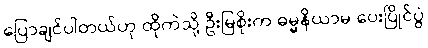
ပြောချင်ပါတယ်ဟု ထိုကဲသို့ ဦးမြစိုးက ဓမ္မနိယာမ ပေးပြိုင်ပွဲ